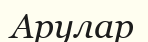
Арулар